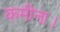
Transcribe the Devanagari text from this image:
कमीना।